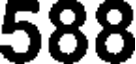
588